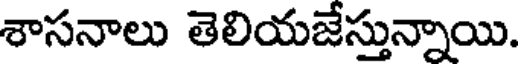
శాసనాలు తెలియజేస్తున్నాయి.